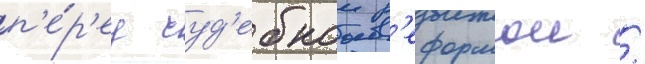
п'е́р'ед суд'ебнои р'еформои /